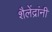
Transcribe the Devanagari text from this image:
शैलेंद्रांनी